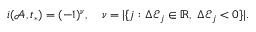
i ( \mathcal { A } , t _ { * } ) = ( - 1 ) ^ { \nu } , \quad \nu = | \{ j : \Delta \mathcal { E } _ { j } \in \mathbb { R } , \; \Delta \mathcal { E } _ { j } < 0 \} | .